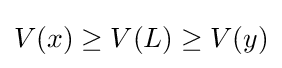
V(x)\geq V(L)\geq V(y)